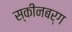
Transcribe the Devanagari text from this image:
स्कीनबर्ग